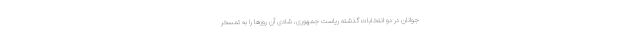
جوانان در دو انتخابات گذشته ریاست جمهوری، شادی آن روزها را به تمسخر